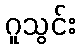
ဂူသွင်း